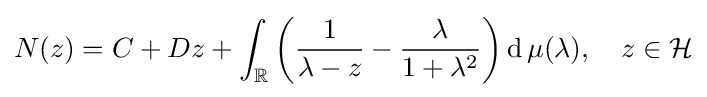
N(z)=C+Dz+\int _{\mathbb {R} }{\bigg (}{\frac {1}{\lambda -z}}-{\frac {\lambda }{1+\lambda ^{2}}}{\bigg )}\operatorname {d} \mu (\lambda ),\quad z\in {\mathcal {H}}